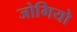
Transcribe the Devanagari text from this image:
जोगियो